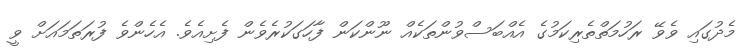
މެދުގައި ވެވޭ ރަހުމަތްތެރިކަމުގެ އެއްބަސްވުންތަކެއް ނޫންކަން ފާހަގަކުރެވެން ފެށިއެވެ. އެހެންވެ ފުރަތަމައަށް ވީ